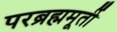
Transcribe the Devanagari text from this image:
परब्रह्ममूर्ती